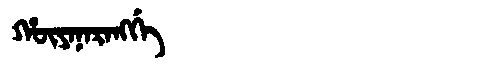
Manchu: ᡥᡡᠶᠠᠨᠠᡵᠠᠩᡤᡝ
Romanization: HŪYANARANGGE